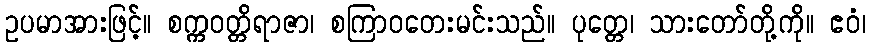
ဥပမာအားဖြင့်။ စက္ကဝတ္တိရာဇာ၊ စကြာဝတေးမင်းသည်။ ပုတ္တေ၊ သားတော်တို့ကို။ ဧဝံ၊